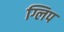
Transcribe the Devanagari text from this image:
ग्लिप